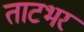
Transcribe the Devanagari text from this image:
ताटभर